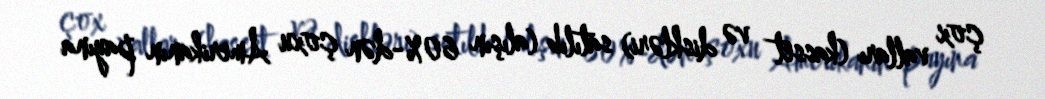
çox valları (kasset və diskləri) satılıb (alışın 60%-dən çoxu Amerikanın payına